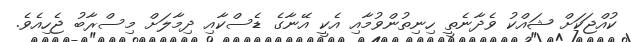
ކުއްޖަކަށް ޝައްކު ވެދާނެތީ ހިނިތުންވުމާއި އެކީ އޭނާގެ ޑެސްކާއި ދިމާލަށް މިސްރާބު ޖެހިއެވެ.